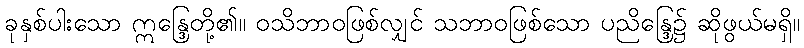
ခုနှစ်ပါးသော ဣန္ဒြေတို့၏။ ဝသိဘာဝဖြစ်လျှင် သဘာဝဖြစ်သော ပညိန္ဒြေ၌ ဆိုဖွယ်မရှိ။